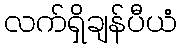
လက်ရှိချန်ပီယံ